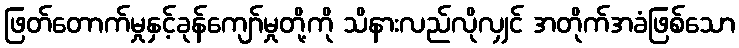
ဖြတ်တောက်မှုနှင့်ခုန်ကျော်မှုတို့ကို သိနားလည်လိုလျှင် အတိုက်အခံဖြစ်သော